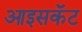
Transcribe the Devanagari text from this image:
आइसकॅट